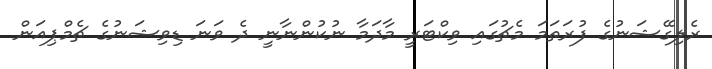
ރެލިގޭޝަނުގެ ފުރަތަމަ މެޗުގައި ވިކްޓަރީ މާދަމާ ނުކުންނާނީ ދެ ވަނަ ޑިވިޝަނުގެ ޗެމްޕިއަން